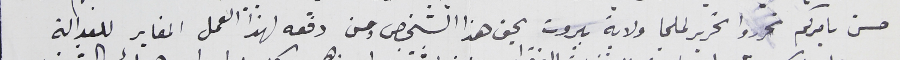
حسن بامركم فحرروا تحرير لملجا ولاية بيروت بحق هذا الشخص ومن دفعه لهذا العمل المغاير للعدالة